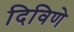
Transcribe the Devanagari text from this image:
दिविणे